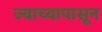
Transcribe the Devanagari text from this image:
ज्याच्यापासून